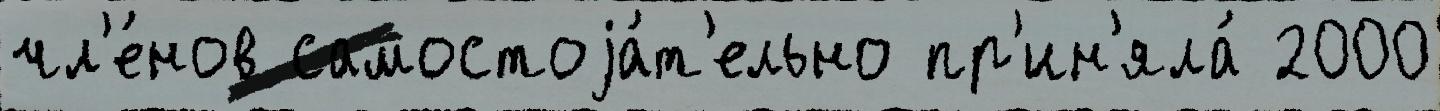
чл'е́нов самостоjа́т'ельно пр'ин'яла́ 2000